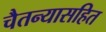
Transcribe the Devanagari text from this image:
चैतन्यासहित